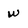
Character: w